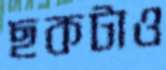
ছকটাও